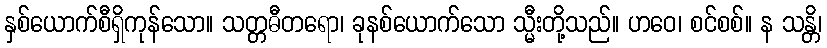
နှစ်ယောက်စီရှိကုန်သော။ သတ္တဓီတရော၊ ခုနစ်ယောက်သော သ္မီးတို့သည်။ ဟဝေ၊ စင်စစ်။ န သန္တိ၊